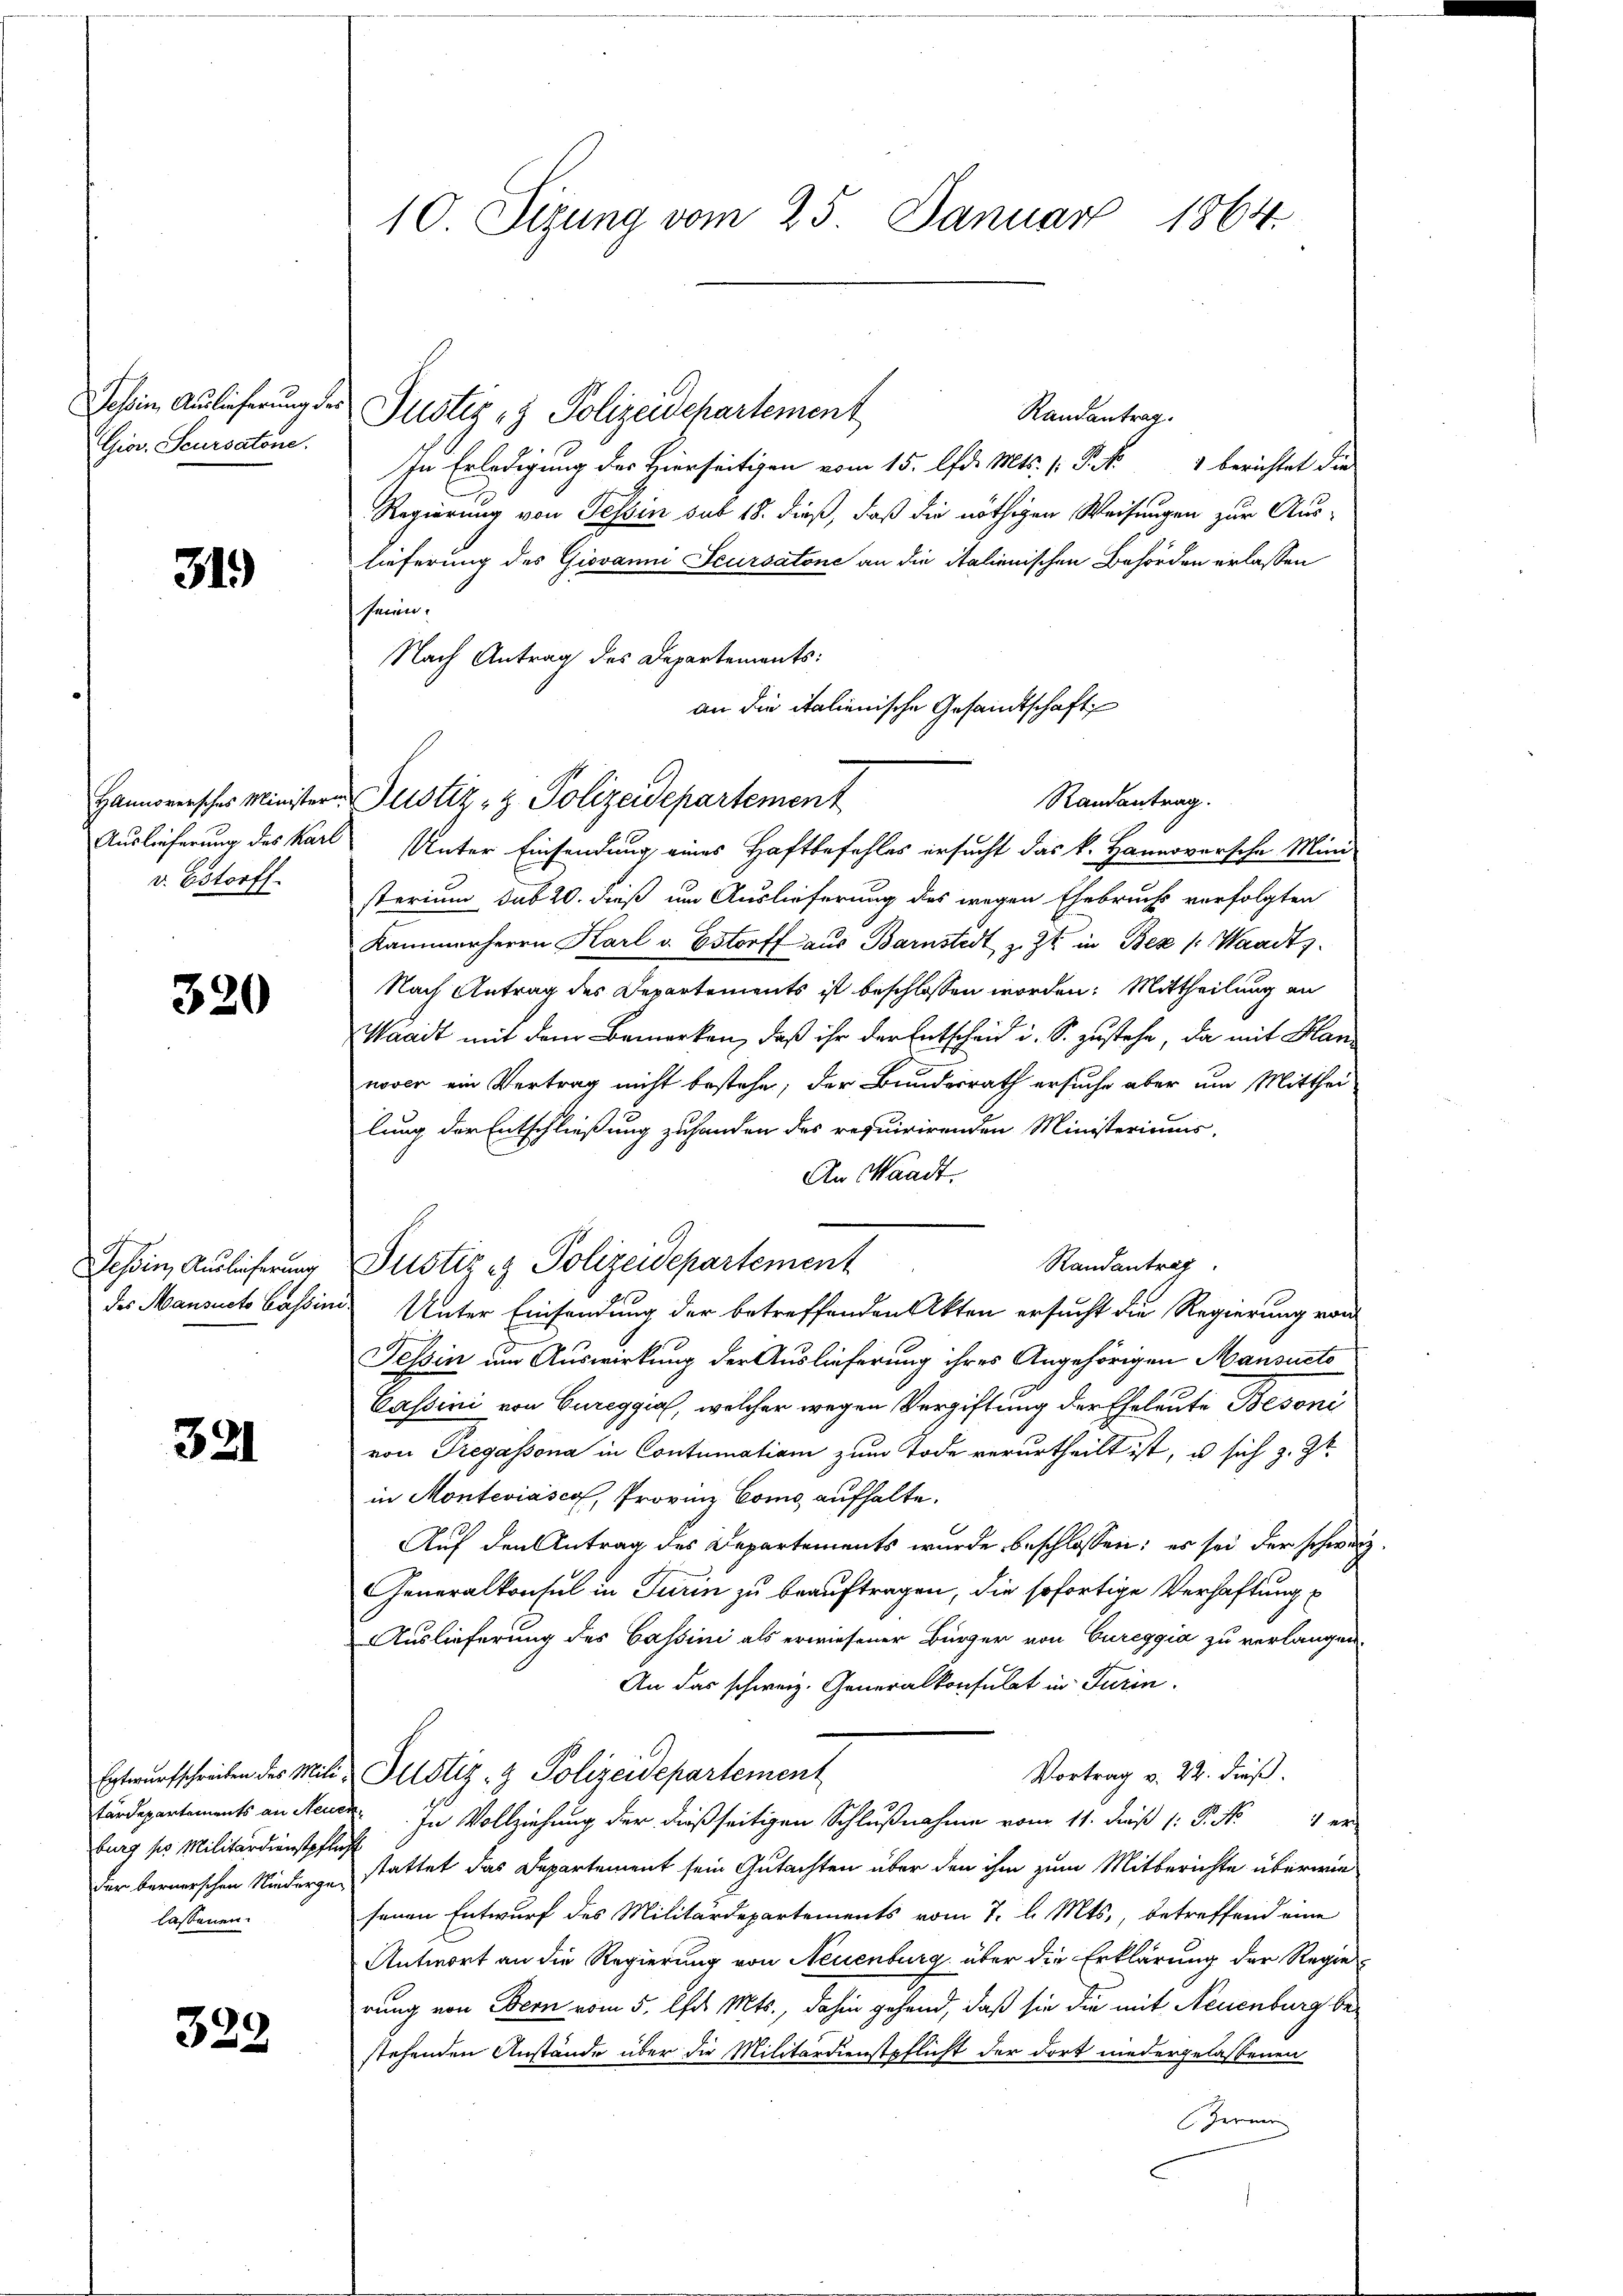
Giov. Scursatone.

319

v. Bestorff.

320

Tessin, Auslieferung

321

burg so Militärdienstpflich
lassenen.

328

10. Sizung vom 25. Januar 1864.

Randantrag.
In Erledigung des Hierseitigen vom 15. d. Mts. 1. P. Nr. 1 berichtet die
Regierung von Tessin sub 18. dieß, daß die nöthigen Weisungen zur Aus-
lieferung des Giovanni Feursatone an die italienischen Behörden erlassen
heien.
Nach Antrag des Departements:
Auslieferung des Karl Unter Einsendung eines Haftbefehles ersucht das k. Hannoversche Mini-
sterium sub 20. dieß um Auslieferung des wegen Ehebruchs vorfolgten
Kammerherrn Karl v. Estorff aus Barnstedt z. Zt. in Bez /: Waadt.
Nach Antrag des Departements ist beschlossen worden: Mittheilung an
Waadt mit dem Bemerken, daß ihr der Entscheid u. S. zustehe, da mit Hannover ein Vertrag nicht bestehe; der Bundesrath ersuche aber um Mitthei-
lung der Entschließung zuhanden des requirirenden Ministeriums-
An Waadt.
Randantrag
des Mansacte Cassin Unter Einsendung der betreffenden Akten ersucht die Regierung von
Tessin um Auswirkung der Auslieferung ihres Angehörigen Mansucto
Cassini von Cureggia, welcher wegen Vergiftung der Eheleute Besoni
von Tregassona in Contumation zum Tode verurtheilt ist, u sich z. Zt.
in Monteviasco, Provinz Como aufhalte.
Auf den Antrag des Departements wurde beschlossen: es sei der schwarz
Generalkonsul in Turin zu beauftragen, die sofortige Verhaftung
Auslieferung des Cassini als erwiesener Bürger von Cureggia zu verlangen.
An das schweiz. Generalkonsulat in Turin
Vortrag v. 22. dieß.
Entwurfschreiben des Mili-Glstiz- & Polizeidepartement
tärdepartements an Neude. In Vollziehung der dießseitigen Schlußnahme vom 11. daß 1: P. Nr. 1 er-
der bernerschen Niederge, stattet das Departement sein Gutachten über den ihm zum Mitberichte überwie-
senen Entwurf des Militärdepartements vom 7. d. Mts., betreffend eine
Antwort an die Regierung von Neuenburg über die Erklärung der Regie-
rung von Bern vom 5. Das Mts., dahin gehend, daß sie die mit Neuenburg bestehenden Anstände über die Militärdienstpflicht der dort niedergelassenen
Fernen

Johin Auslieferung der Justiz - Polizeidepartement

Hannoversches Ministere Justiz- & Polizeidepartement

Justiz & Polizeidepartement

an die italienische Gesandtschaft
Randantrag.